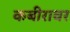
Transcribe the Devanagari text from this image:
कबीरावर